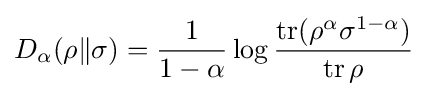
D_{\alpha }(\rho \|\sigma )={\frac {1}{1-\alpha }}\log {\frac {\operatorname {tr} (\rho ^{\alpha }\sigma ^{1-\alpha })}{\operatorname {tr} \rho }}